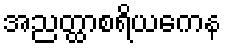
အညတ္ထာစရိယကေန